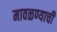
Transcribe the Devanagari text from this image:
मावळण्याची